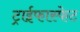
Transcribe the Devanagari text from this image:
ट्राईफास्फेट